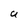
Character: U